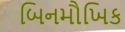
બિનમૌખિક